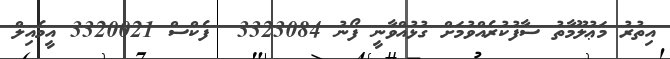
އިތުރު މަޢުލޫމާތު ސާފުކުރެއްވުމަށް ގުޅުއްވާނީ ފޯނު 3323084  ފެކްސް 3320021 އީމެއިލް